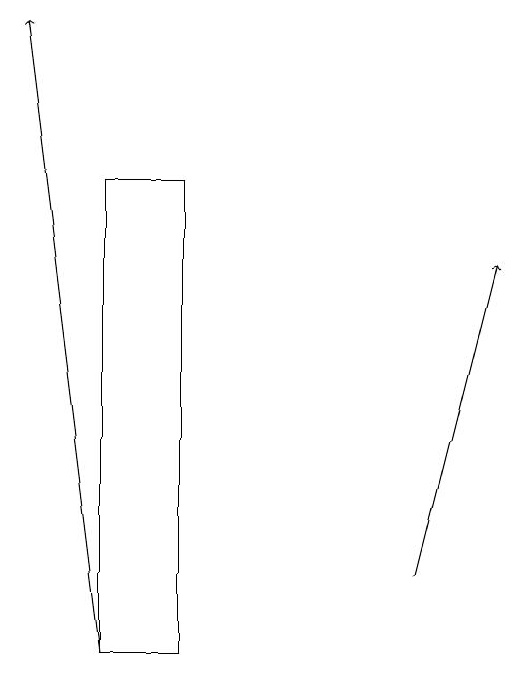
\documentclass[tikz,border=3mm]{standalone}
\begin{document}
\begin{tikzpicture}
\draw[->] (4,10) -- (3,18);
\draw (5,16) rectangle (4,10);
\draw[->] (8,11) -- (9,15);
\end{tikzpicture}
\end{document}